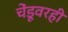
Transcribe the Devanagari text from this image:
चेंडूवरही